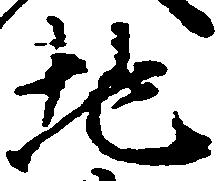
地